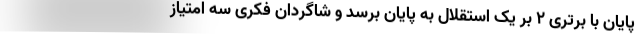
پایان با برتری ۲ بر یک استقلال به پایان برسد و شاگردان فکری سه امتیاز